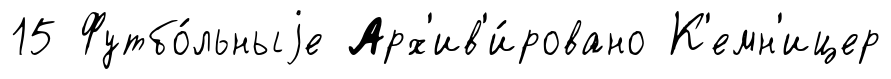
15 Футбо́льныjе Арх'ив'и́ровано К'емн'ицер